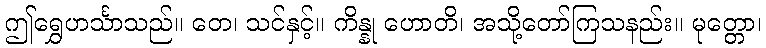
ဤရွှေဟင်္သာသည်။ တေ၊ သင်နှင့်။ ကိန္နု ဟောတိ၊ အသို့တော်ကြသနည်း။ မုတ္တော၊